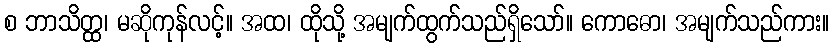
စ ဘာသိတ္ထ၊ မဆိုကုန်လင့်။ အထ၊ ထိုသို့ အမျက်ထွက်သည်ရှိသော်။ ကောဓော၊ အမျက်သည်ကား။